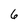
Character: 6